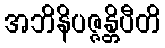
အဘိနိပဇ္ဇန္တိပီတိ